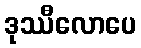
ဒုဿီလောပေ